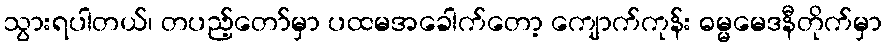
သွားရပါတယ်၊ တပည့်တော်မှာ ပထမအခေါက်တော့ ကျောက်ကုန်း ဓမ္မမေဒနီတိုက်မှာ